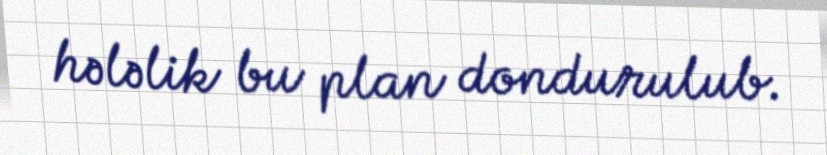
hələlik bu plan dondurulub.